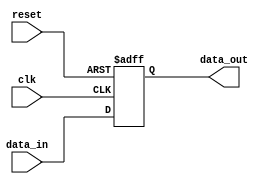
module usb_controller_timing_control_synchronization (
    input wire clk,
    input wire reset,
    input wire data_in,
    output wire data_out
);

reg [7:0] buffer;

always @(posedge clk or posedge reset) begin
    if (reset) begin
        buffer <= 8'h00;
    end else begin
        buffer <= data_in;
    end
end

assign data_out = buffer;

endmodule